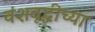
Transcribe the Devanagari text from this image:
वंशवृद्धीच्या